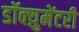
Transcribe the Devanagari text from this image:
डॉक्य़ुमेंटरी